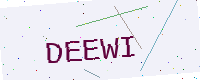
Text: DEEWI